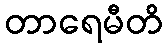
တာရေမီတိ